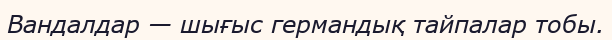
Вандалдар — шығыс германдық тайпалар тобы.